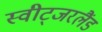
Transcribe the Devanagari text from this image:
स्वीट्‍जरलैंड